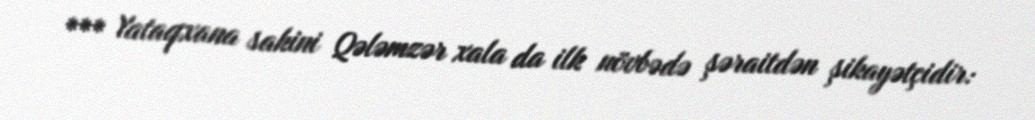
*** Yataqxana sakini Qələmzər xala da ilk növbədə şəraitdən şikayətçidir: